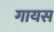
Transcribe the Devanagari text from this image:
गायस